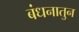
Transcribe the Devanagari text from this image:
बंधनातुन